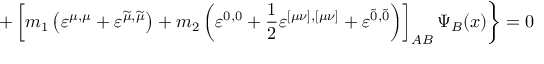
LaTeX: + \left[ m _ { 1 } \left( \varepsilon ^ { \mu , \mu } + \varepsilon ^ { \widetilde { \mu } , \widetilde { \mu } } \right) + m _ { 2 } \left( \varepsilon ^ { 0 , 0 } + \frac 1 2 \varepsilon ^ { [ \mu \nu ] , [ \mu \nu ] } + \varepsilon ^ { \widetilde { 0 } , \widetilde { 0 } } \right) \right] _ { A B } \Psi _ { B } ( x ) \biggr \} = 0